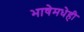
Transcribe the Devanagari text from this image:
भाषेमधेही